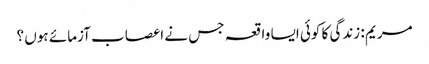
مریم : زندگی کا کوئی ایسا واقعہ جس نے اعصاب آزمائے ہوں ؟